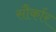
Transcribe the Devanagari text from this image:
सौर्कार